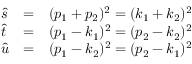
\begin{array} { l l l } { { \hat { s } } } & { { = } } & { { ( p _ { 1 } + p _ { 2 } ) ^ { 2 } = ( k _ { 1 } + k _ { 2 } ) ^ { 2 } } } \\ { { \hat { t } } } & { { = } } & { { ( p _ { 1 } - k _ { 1 } ) ^ { 2 } = ( p _ { 2 } - k _ { 2 } ) ^ { 2 } } } \\ { { \hat { u } } } & { { = } } & { { ( p _ { 1 } - k _ { 2 } ) ^ { 2 } = ( p _ { 2 } - k _ { 1 } ) ^ { 2 } } } \end{array}